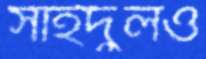
সাইদুলও